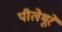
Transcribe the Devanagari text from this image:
पीलेभूरे